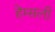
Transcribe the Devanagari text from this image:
हेम्सली